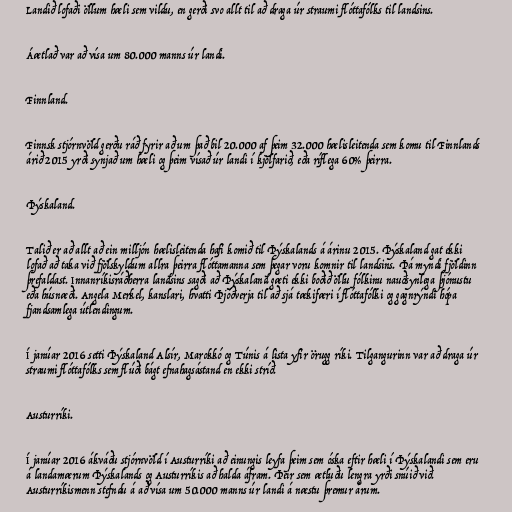
Landið lofaði öllum hæli sem vildu, en gerði svo allt til að draga úr straumi flóttafólks til landsins.

Áætlað var að vísa um 80.000 manns úr landi.

Finnland.

Finnsk stjórnvöld gerðu ráð fyrir að um það bil 20.000 af þeim 32.000 hælisleitenda sem komu til Finnlands
árið 2015 yrði synjað um hæli og þeim vísað úr landi í kjölfarið, eða ríflega 60% þeirra.

Þýskaland.

Talið er að allt að ein milljón hælisleitenda hafi komið til Þýskalands á árinu 2015. Þýskaland gat ekki
lofað að taka við fjölskyldum allra þeirra flóttamanna sem þegar voru komnir til landsins. Þá myndi fjöldinn
þrefaldast. Innanríkisráðherra landsins sagði að Þýskaland gæti ekki boðið öllu fólkinu nauðsynlega þjónustu
eða húsnæði. Angela Merkel, kanslari, hvatti Þjóðverja til að sjá tækifæri í flóttafólki og gagnrýndi hópa
fjandsamlega útlendingum.

Í janúar 2016 setti Þýskaland Alsír, Marokkó og Túnis á lista yfir örugg ríki. Tilgangurinn var að draga úr
straumi flóttafólks sem flúði bágt efnahagsástand en ekki stríð.

Austurríki.

Í janúar 2016 ákváðu stjórnvöld í Austurríki að einungis leyfa þeim sem óska eftir hæli í Þýskalandi sem eru
á landamærum Þýskalands og Austurríkis að halda áfram. Þeir sem ætluðu lengra yrði snúið við.
Austurríkismenn stefndu á að vísa um 50.000 manns úr landi á næstu þremur árum.